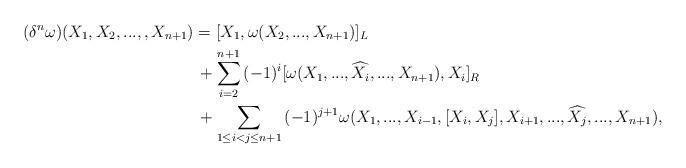
LaTeX: \begin{align*}(\delta^{n}\omega)(X_{1},X_{2}, . . ., ,X_{n+1})&=[X_{1},\omega(X_{2}, . . ., X_{n+1})]_{L}\\&\,+\sum_{i=2}^{n+1}{(-1)^{i}[\omega(X_{1}, . . ., \widehat{X_{i}}, . . ., X_{n+1}),X_{i}]_{R}}\\&\,+\sum_{1\leq i<j\leq n+1}{(-1)^{j+1}\omega(X_{1}, . . ., X_{i-1},[X_{i},X_{j}],X_{i+1}, . . ., \widehat{X_{j}}, . . ., X_{n+1})},\end{align*}